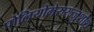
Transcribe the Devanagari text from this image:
पोलियोमेरुरज्जुशोथ